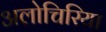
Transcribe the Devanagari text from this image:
अलोचिरिया